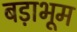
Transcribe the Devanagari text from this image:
बड़ाभूम